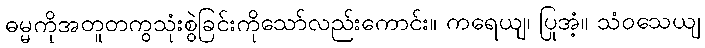
ဓမ္မကိုအတူတကွသုံးစွဲခြင်းကိုသော်လည်းကောင်း။ ကရေယျ၊ ပြုအံ့။ သံဝသေယျ